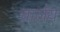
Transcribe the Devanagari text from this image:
चार्लय